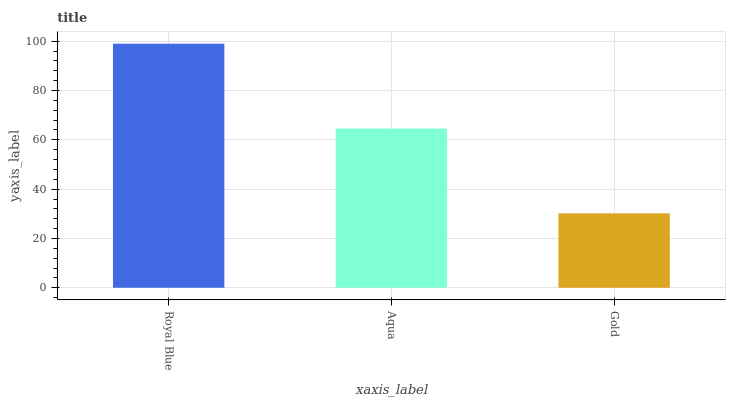
| xaxis_label | bars |
 | --- | --- |
 | Royal Blue | 99 |
 | Aqua | 64.6 |
 | Gold | 30.2 |